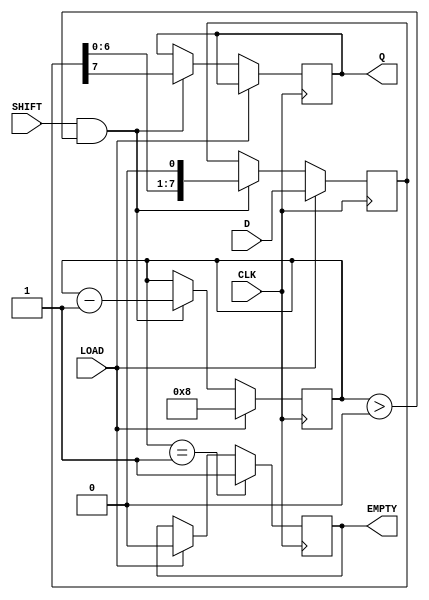
module PISO_Register #(
    parameter WIDTH = 8  // Width of the parallel data input
)(
    input wire [WIDTH-1:0] D,      // Parallel data input
    input wire CLK,                 // Clock signal
    input wire LOAD,                // Load enable signal
    input wire SHIFT,               // Shift enable signal
    output reg Q,                   // Serial output
    output reg EMPTY                // Empty status signal
);

    reg [WIDTH-1:0] shift_reg;      // Shift register to hold the data
    reg [3:0] count;                // Counter to track the number of bits shifted out

    always @(posedge CLK) begin
        if (LOAD) begin
            // Load data into the shift register
            shift_reg <= D;
            count <= WIDTH;          // Set count to the width of the data
            EMPTY <= 1'b0;          // Register is not empty after loading
        end else if (SHIFT && count > 0) begin
            // Shift data out serially
            Q <= shift_reg[WIDTH-1]; // Output the MSB
            shift_reg <= {shift_reg[WIDTH-2:0], 1'b0}; // Shift left
            count <= count - 1;      // Decrement the count
        end
        
        // Update EMPTY signal
        if (count == 1) begin
            EMPTY <= 1'b1;           // Register is empty after last bit is shifted out
        end
    end

endmodule